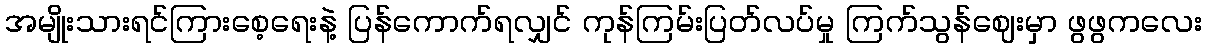
အမျိုးသားရင်ကြားစေ့ရေးနဲ့ ပြန်ကောက်ရလျှင် ကုန်ကြမ်းပြတ်လပ်မှု ကြက်သွန်ဈေးမှာ ဖွဖွကလေး